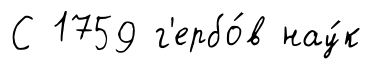
С 1759 г'ербо́в нау́к